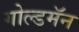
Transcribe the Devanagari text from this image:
गोल्डमॅन